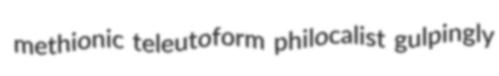
methionic teleutoform philocalist gulpingly